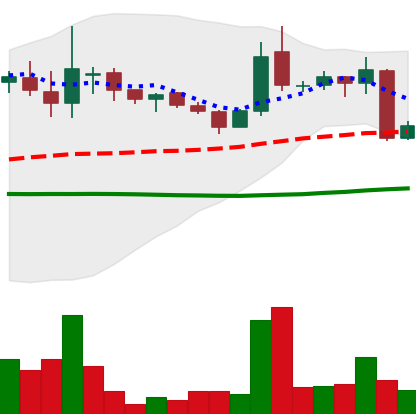
Ticker: LINK-USD
Chart end date: 2018-10-12
Forward return: 21.103%
Label: up_7plus